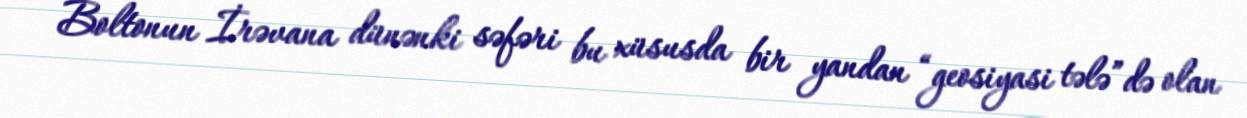
Boltonun İrəvana dünənki səfəri bu xüsusda bir yandan “geosiyasi tələ”də olan